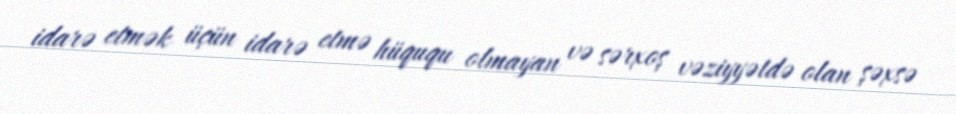
idarə etmək üçün idarə etmə hüququ olmayan və sərxoş vəziyyətdə olan şəxsə